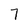
Character: 7